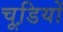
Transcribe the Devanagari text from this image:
चूडि़यों